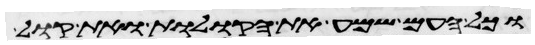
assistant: וכל העם שמע את הקולות ואת קול